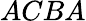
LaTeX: ACBA